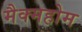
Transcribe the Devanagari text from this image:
मैक्महोम